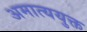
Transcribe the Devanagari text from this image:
अमात्ययुक्त